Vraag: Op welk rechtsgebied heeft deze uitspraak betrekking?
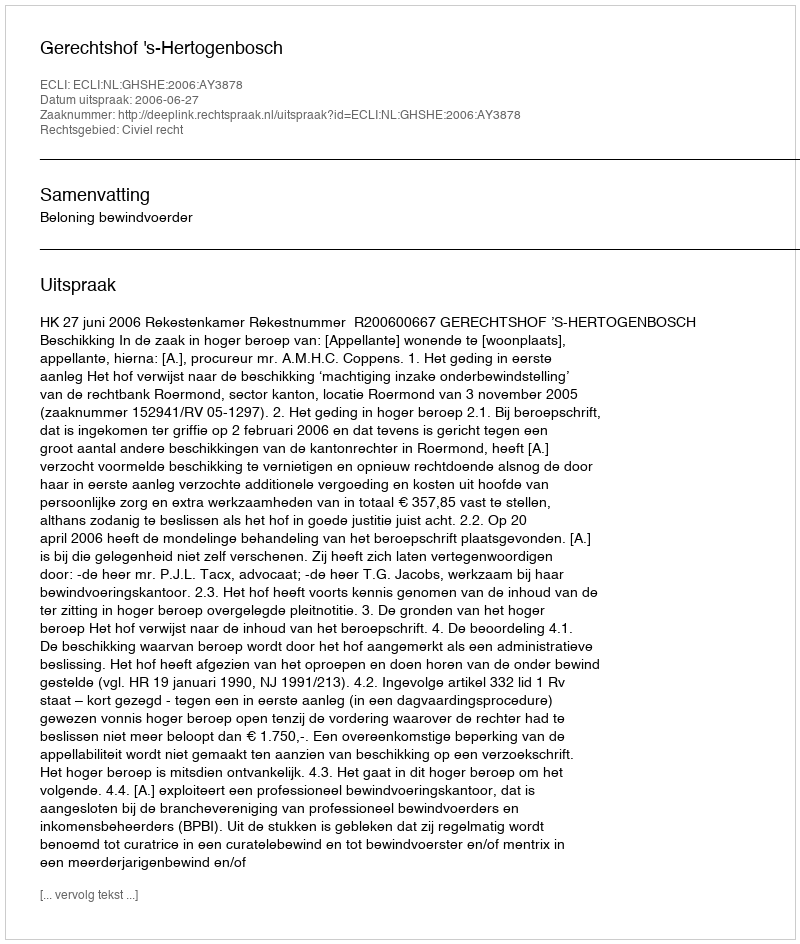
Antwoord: Civiel recht